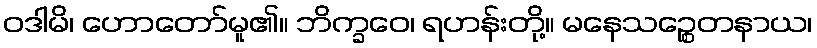
ဝဒါမိ၊ ဟောတော်မူ၏။ ဘိက္ခဝေ၊ ရဟန်းတို့။ မနေသဉ္စေတနာယ၊